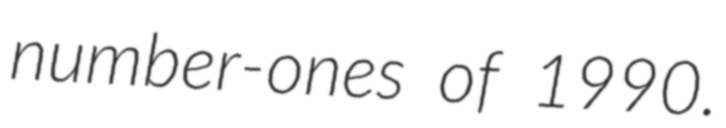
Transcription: number-ones of 1990.